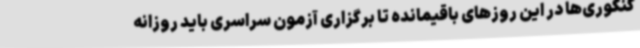
کنکوری‌ها در این روزهای باقیمانده تا برگزاری آزمون سراسری باید روزانه